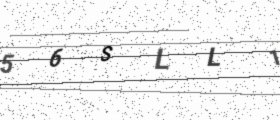
Text: 56SLL1